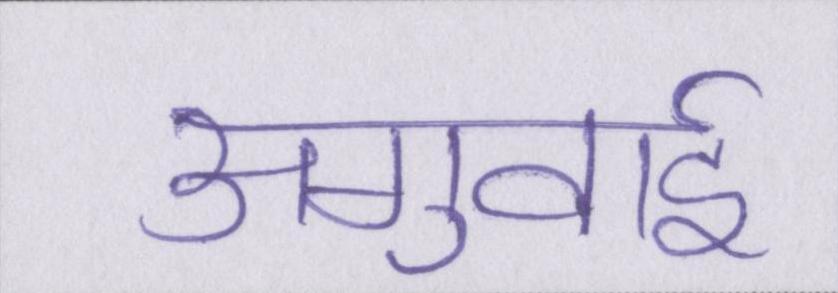
अगुवाई